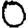
Digit: 0